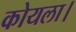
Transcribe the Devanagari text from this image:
कोयला।